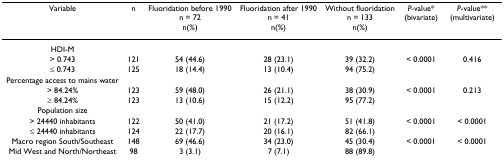
<table><thead><tr><td><b>Variable</b></td><td><b>n</b></td><td><b>Fluoridation before 1990n = 72n(%)</b></td><td><b>Fluoridation after 1990n = 41n(%)</b></td><td><b>Without fluoridationn = 133n(%)</b></td><td><b><i>P</i>-value* (bivariate)</b></td><td><b><i>P</i>-value** (multivariate)</b></td></tr></thead><tbody><tr><td>HDI-M</td><td></td><td></td><td></td><td></td><td></td><td></td></tr><tr><td>&gt; 0.743</td><td>121</td><td>54 (44.6)</td><td>28 (23.1)</td><td>39 (32.2)</td><td>&lt; 0.0001</td><td>0.416</td></tr><tr><td>≤ 0.743</td><td>125</td><td>18 (14.4)</td><td>13 (10.4)</td><td>94 (75.2)</td><td></td><td></td></tr><tr><td>Percentage access to mains water</td><td></td><td></td><td></td><td></td><td></td><td></td></tr><tr><td>&gt; 84.24%</td><td>123</td><td>59 (48.0)</td><td>26 (21.1)</td><td>38 (30.9)</td><td>&lt; 0.0001</td><td>0.213</td></tr><tr><td>≥ 84.24%</td><td>123</td><td>13 (10.6)</td><td>15 (12.2)</td><td>95 (77.2)</td><td></td><td></td></tr><tr><td>Population size</td><td></td><td></td><td></td><td></td><td></td><td></td></tr><tr><td>&gt; 24440 inhabitants</td><td>122</td><td>50 (41.0)</td><td>21 (17.2)</td><td>51 (41.8)</td><td>&lt; 0.0001</td><td>&lt; 0.0001</td></tr><tr><td>≤ 24440 inhabitants</td><td>124</td><td>22 (17.7)</td><td>20 (16.1)</td><td>82 (66.1)</td><td></td><td></td></tr><tr><td>Macro region South/Southeast</td><td>148</td><td>69 (46.6)</td><td>34 (23.0)</td><td>45 (30.4)</td><td>&lt; 0.0001</td><td>&lt; 0.0001</td></tr><tr><td>Mid West and North/Northeast</td><td>98</td><td>3 (3.1)</td><td>7 (7.1)</td><td>88 (89.8)</td><td></td><td></td></tr></tbody></table>